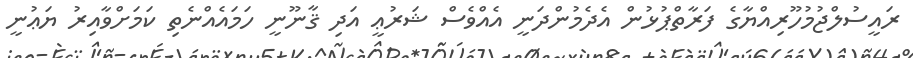
ރައީސުލްޖުމުހޫރިއްޔާގެ ފަރާތްޕުޅުން އެދެމުންދަނީ އެއްވެސް ޝަރުޢީ އަދި ޤާނޫނީ ހަމައެއްނެތި ކަމަށްވާއިރު ޔަޢުނީ